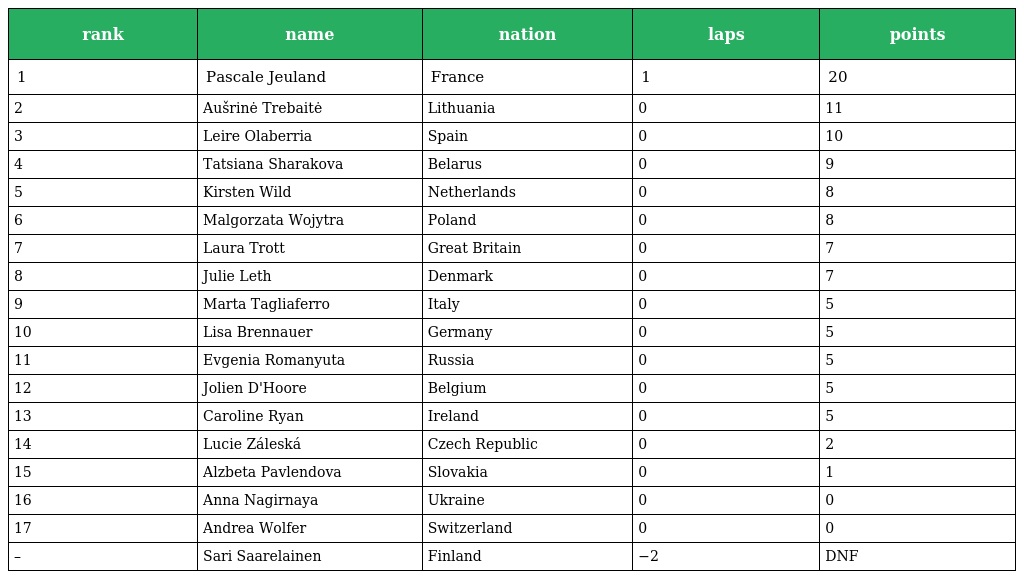
| rank | name | nation | laps | points |
 | --- | --- | --- | --- | --- |
 | 1 | Pascale Jeuland | France | 1 | 20 |
 | 2 | Aušrinė Trebaitė | Lithuania | 0 | 11 |
 | 3 | Leire Olaberria | Spain | 0 | 10 |
 | 4 | Tatsiana Sharakova | Belarus | 0 | 9 |
 | 5 | Kirsten Wild | Netherlands | 0 | 8 |
 | 6 | Malgorzata Wojytra | Poland | 0 | 8 |
 | 7 | Laura Trott | Great Britain | 0 | 7 |
 | 8 | Julie Leth | Denmark | 0 | 7 |
 | 9 | Marta Tagliaferro | Italy | 0 | 5 |
 | 10 | Lisa Brennauer | Germany | 0 | 5 |
 | 11 | Evgenia Romanyuta | Russia | 0 | 5 |
 | 12 | Jolien D'Hoore | Belgium | 0 | 5 |
 | 13 | Caroline Ryan | Ireland | 0 | 5 |
 | 14 | Lucie Záleská | Czech Republic | 0 | 2 |
 | 15 | Alzbeta Pavlendova | Slovakia | 0 | 1 |
 | 16 | Anna Nagirnaya | Ukraine | 0 | 0 |
 | 17 | Andrea Wolfer | Switzerland | 0 | 0 |
 | – | Sari Saarelainen | Finland | −2 | DNF |